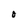
Character: O